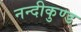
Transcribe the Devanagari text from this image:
नन्दीकुण्ड